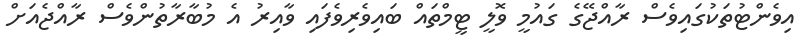
އިވެންޓުތަކުގައިވެސް ރާއްޖޭގެ ގައުމީ ވޮލީ ޓީމްތައް ބައިވެރިވެފައި ވާއިރު އެ މުބާރާތުންވެސް ރާއްޖެއަށް